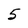
Character: 5